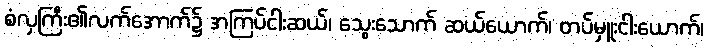
စံလှကြီး၏လက်အောက်၌ အကြပ်ငါးဆယ်၊ သွေးသောက် ဆယ်ယောက်၊ တပ်မှူးငါးယောက်၊